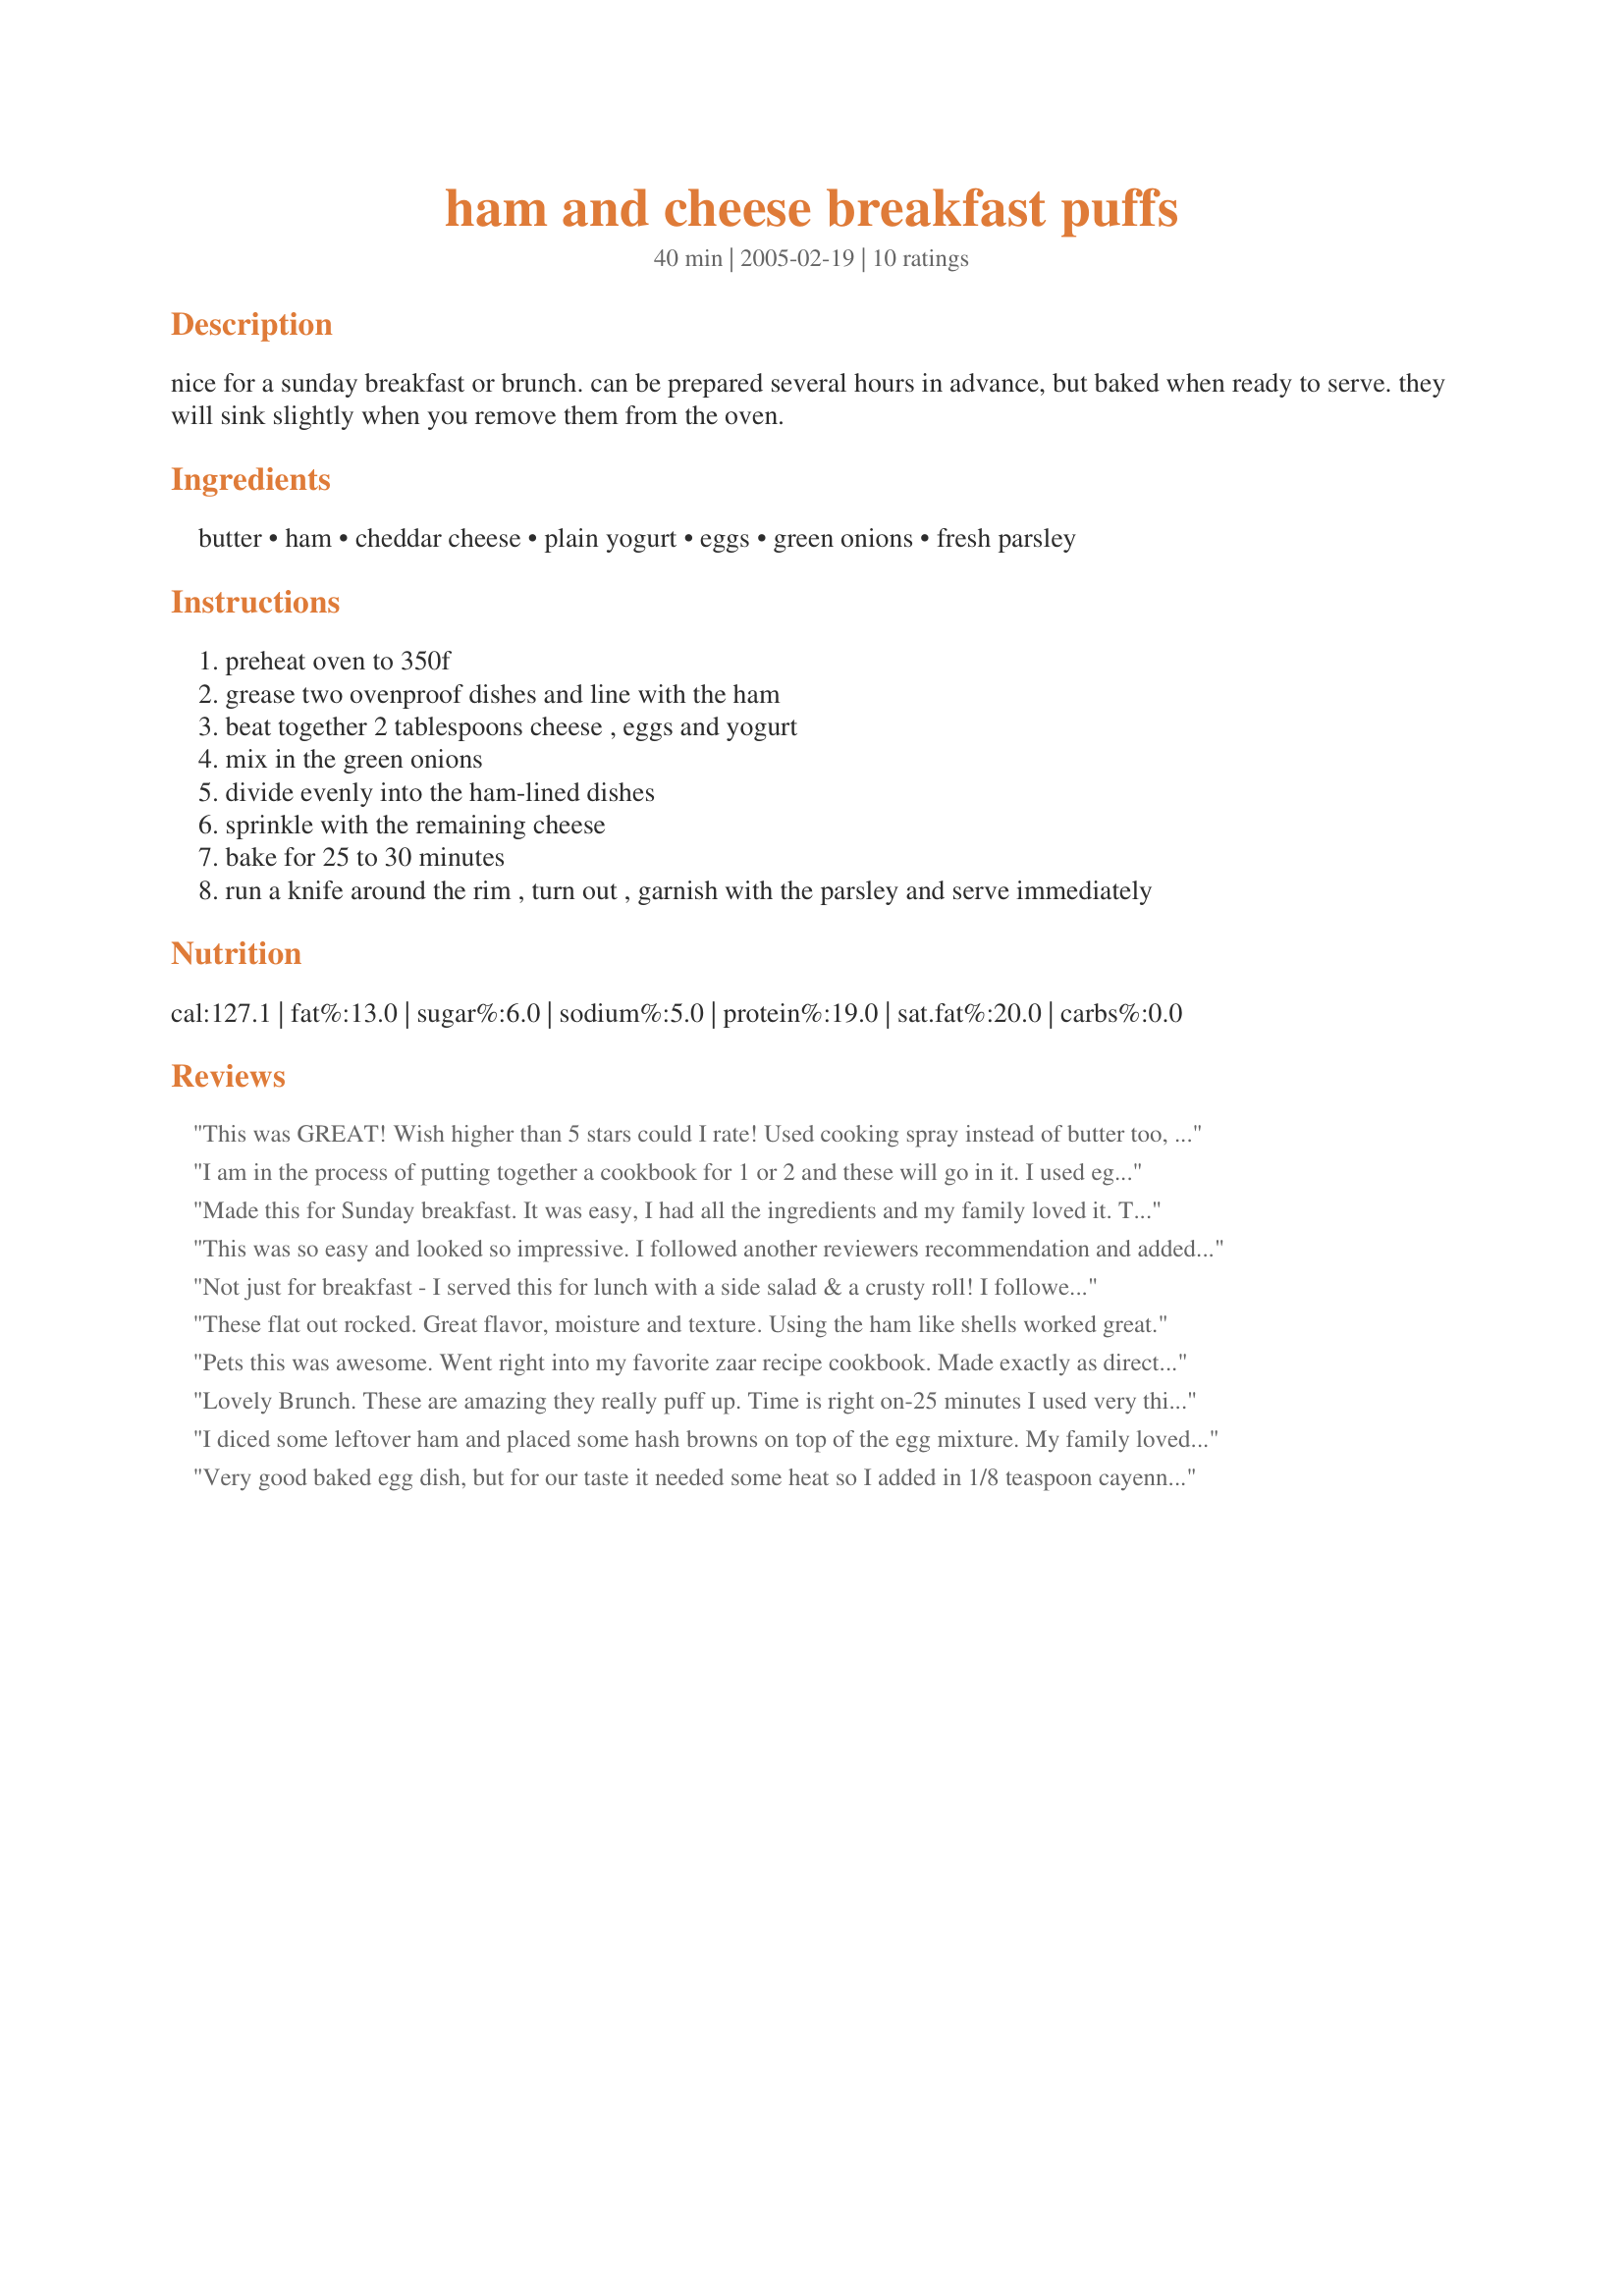
ham and cheese breakfast puffs
Preparation time: 40 minutes

nice for a sunday breakfast or brunch. can be prepared several hours in advance, but baked when ready to serve. they will sink slightly when you remove them from the oven.

Ingredients:
butter, ham, cheddar cheese, plain yogurt, eggs, green onions, fresh parsley

Steps:
preheat oven to 350f
grease two ovenproof dishes and line with the ham
beat together 2 tablespoons cheese , eggs and yogurt
mix in the green onions
divide evenly into the ham-lined dishes
sprinkle with the remaining cheese
bake for 25 to 30 minutes
run a knife around the rim , turn out , garnish with the parsley and serve immediately

Reviews:
This was GREAT!
Wish higher than 5 stars could I rate!
Used cooking spray instead of butter too,
Used lot fat cheese and low fat vanilla yoghurt for extra taste, TRUE!
DEFINATELY make this again!
Thanks!
I am in the process of putting together a cookbook for 1 or 2 and these will go in it. I used egg substitute instead of the eggs. The yogurt allows the eggs to be light and fluffy. Instead of the cheddar cheese, I used mozzarella along with some fresh snipped chives. I used deli sliced ham and found that by cutting the slice in half and then 2 slits at a diagonal, I was able to line the cups nicely. Thanks for posting.
Made this for Sunday breakfast. It was easy, I had all the ingredients and my family loved it. Thanks for posting.
This was so easy and looked so impressive. I followed another reviewers recommendation and added a 1/2 tsp of baking powder and sprinkled the top with cayenne pepper prior to baking. The only ham I had was left over ham steak so cut into pieces and placed on the bottem prior to pouring in the egg mixture. It baked up lovely and the taste was awesome. I can see using bacon in place of ham sometimes to change up the taste a little. I also took a photo in the ramakin AND turned it out to see what it would be like on a plate, liked it both ways but think I'd leave in the serving dish next time just for one less dish to worry about. Made for Pets R Us cookathon.
Not just for breakfast - I served this for lunch with a side salad & a crusty roll! I followed the recipe verbatim - it was quick, easy & qite tasty. Thanx Annelies!
These flat out rocked. Great flavor, moisture and texture. Using the ham like shells worked great.
Pets this was awesome. Went right into my favorite zaar recipe cookbook. Made exactly as directed except with the exception of a little extra cheese on top. Great recipe.
Lovely Brunch. These are amazing they really puff up. Time is right on-25 minutes I used very thin slices of ham - make sure the ham is not sticking up above the egg mixture or the edges will burn. I added 1/4 tsp splenda to take away any sharpness of the yogurt. Fat free yofurt works! This is a do agaon recipe
I diced some leftover ham and placed some hash browns on top of the egg mixture. My family loved it---served with asparagus and drizzled the whole thing with a little hollandaise.
Very good baked egg dish, but for our taste it needed some heat so I added in 1/8 teaspoon cayenne pepper, I also added in pinch of baking powder for fluffier texture, I see no reason why this could not be baked all in one dish so that is what I did and it worked out well, thanks Pets!
